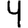
Digit: 4